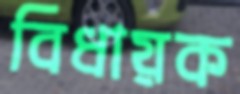
বিধায়ক